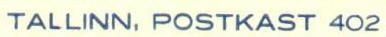
TALLINN, POSTKAST 4O2